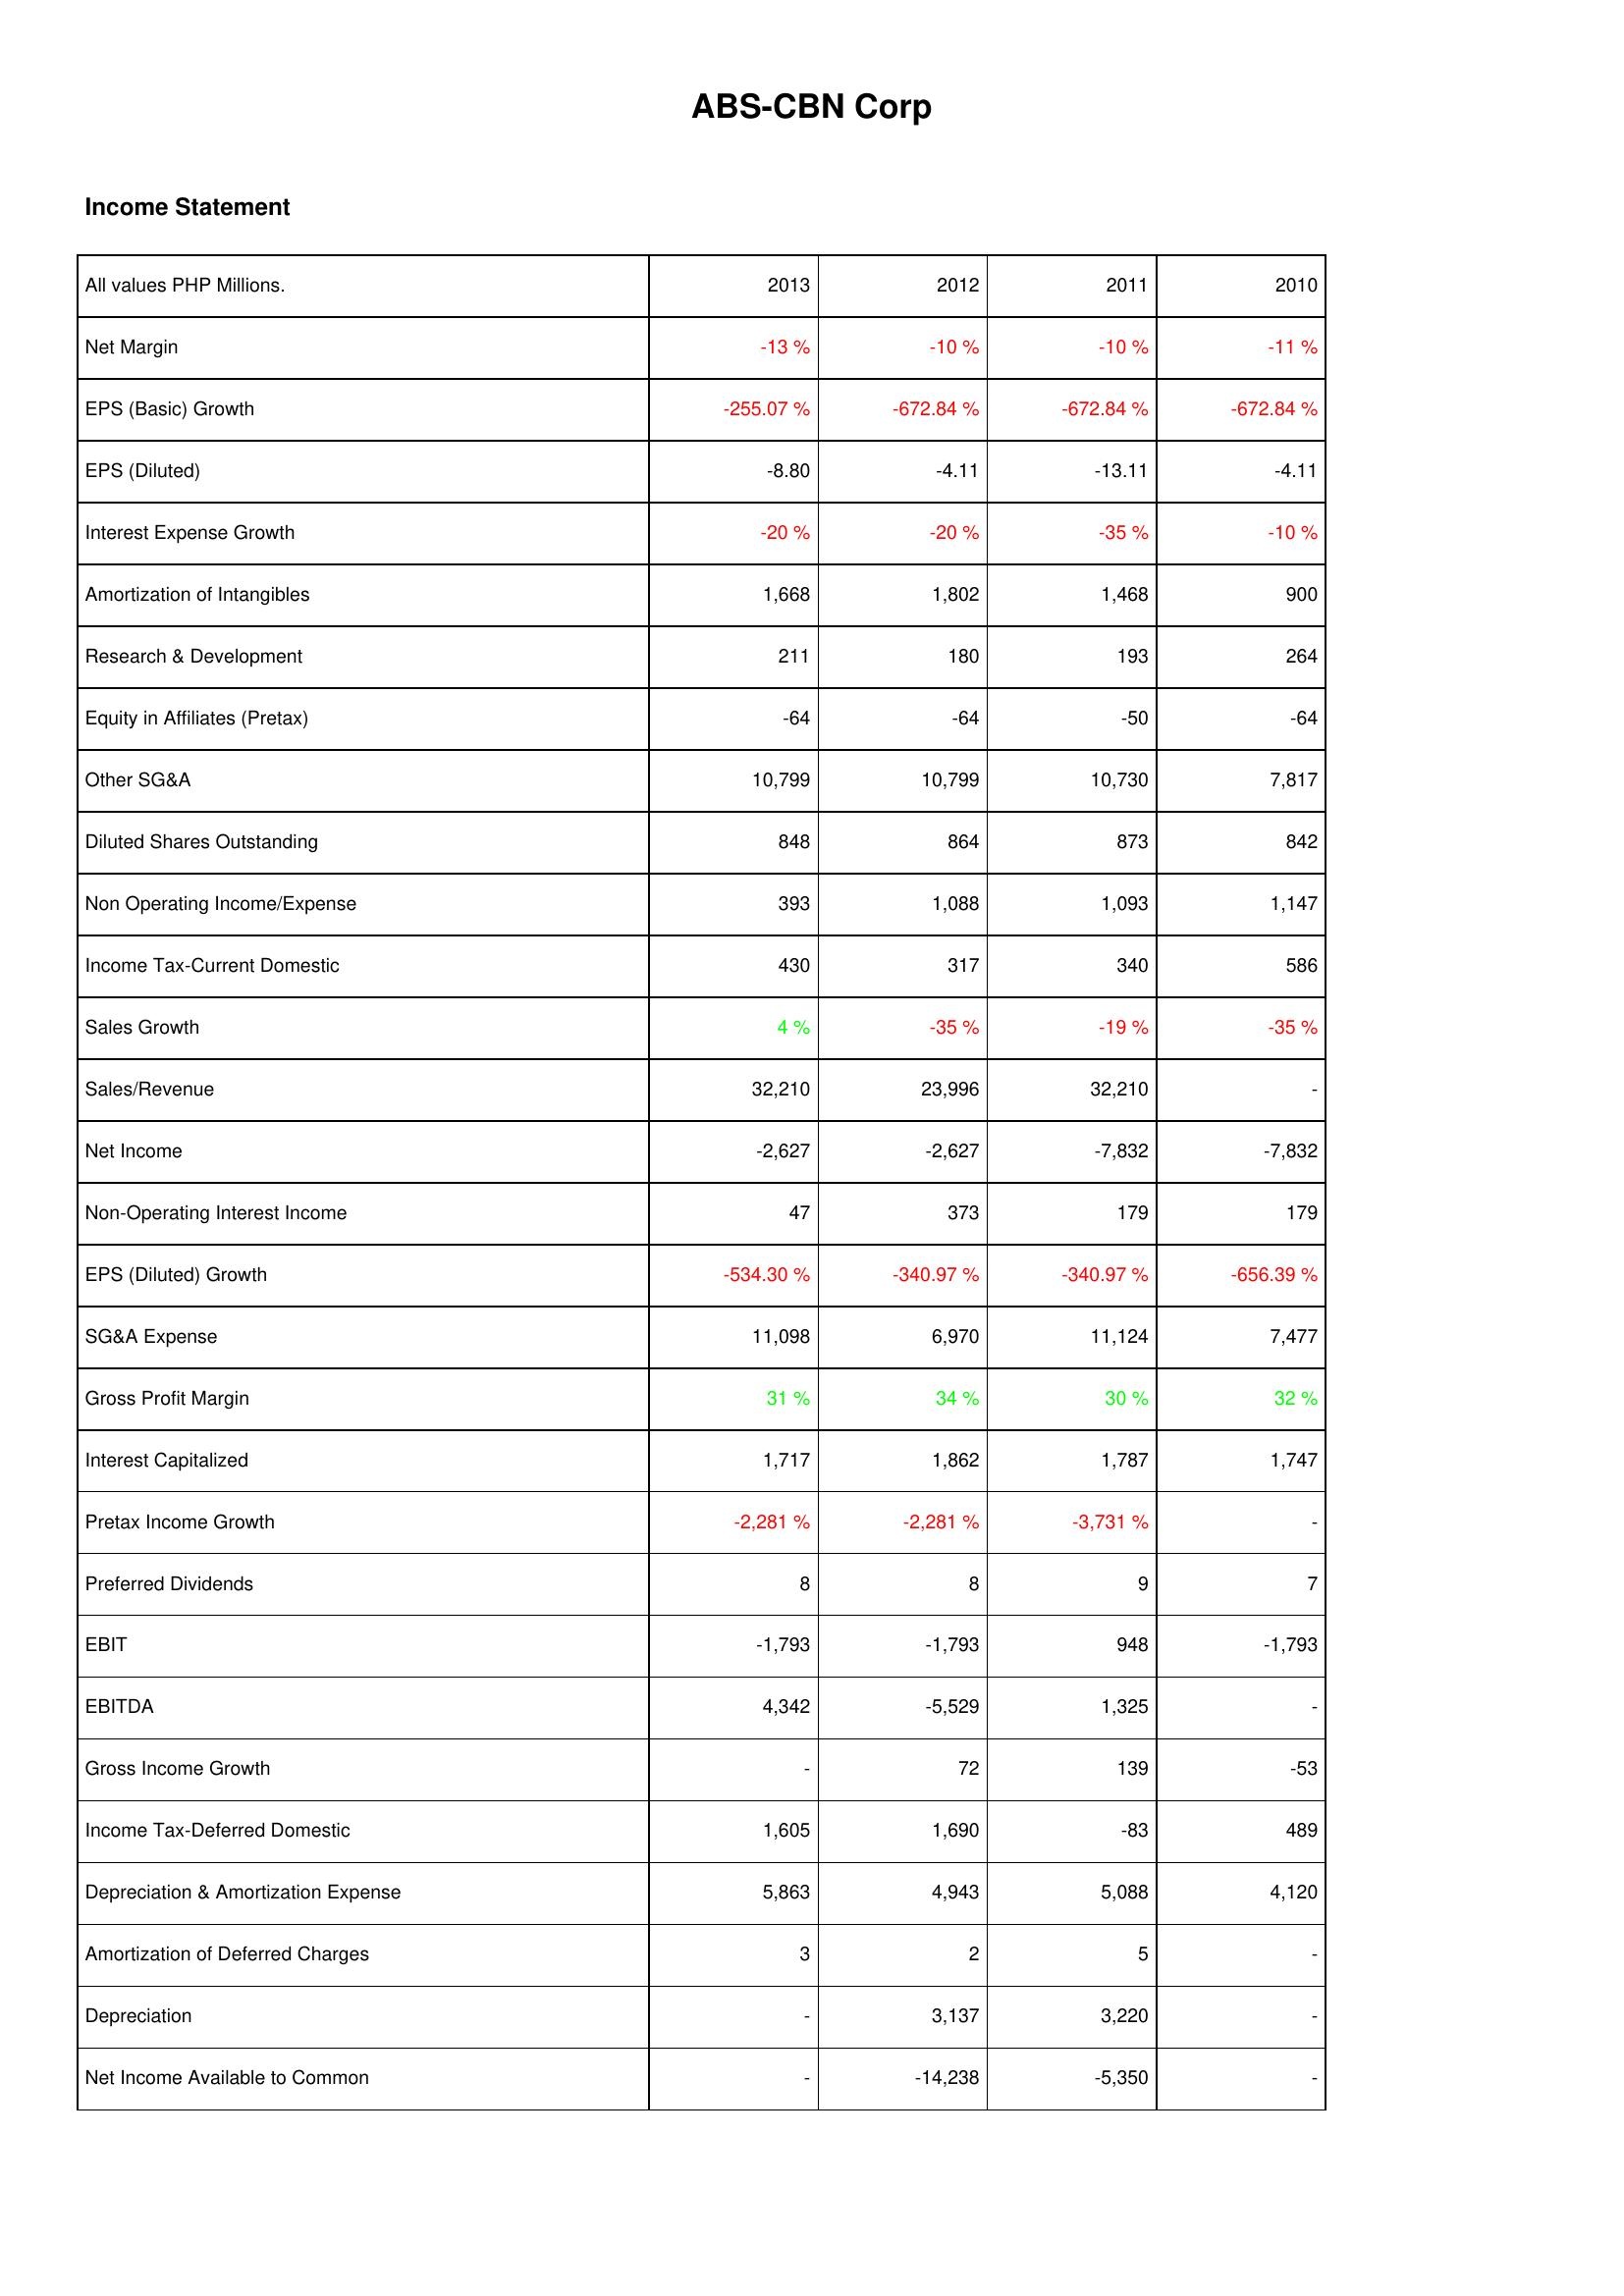
2013: Income Statement: Net Margin: -13 %
EPS (Basic) Growth: -255.07 %
EPS (Diluted): -8.80
Interest Expense Growth: -20 %
Amortization of Intangibles: 1,668
Research & Development: 211
Equity in Affiliates (Pretax): -64
Other SG&A: 10,799
Diluted Shares Outstanding: 848
Non Operating Income/Expense: 393
Income Tax-Current Domestic: 430
Sales Growth: 4 %
Sales/Revenue: 32,210
Net Income: -2,627
Non-Operating Interest Income: 47
EPS (Diluted) Growth: -534.30 %
SG&A Expense: 11,098
Gross Profit Margin: 31 %
Interest Capitalized: 1,717
Pretax Income Growth: -2,281 %
Preferred Dividends: 8
EBIT: -1,793
EBITDA: 4,342
Gross Income Growth: -
Income Tax-Deferred Domestic: 1,605
Depreciation & Amortization Expense: 5,863
Amortization of Deferred Charges: 3
Depreciation: -
Net Income Available to Common: -
2012: Income Statement: Net Margin: -10 %
EPS (Basic) Growth: -672.84 %
EPS (Diluted): -4.11
Interest Expense Growth: -20 %
Amortization of Intangibles: 1,802
Research & Development: 180
Equity in Affiliates (Pretax): -64
Other SG&A: 10,799
Diluted Shares Outstanding: 864
Non Operating Income/Expense: 1,088
Income Tax-Current Domestic: 317
Sales Growth: -35 %
Sales/Revenue: 23,996
Net Income: -2,627
Non-Operating Interest Income: 373
EPS (Diluted) Growth: -340.97 %
SG&A Expense: 6,970
Gross Profit Margin: 34 %
Interest Capitalized: 1,862
Pretax Income Growth: -2,281 %
Preferred Dividends: 8
EBIT: -1,793
EBITDA: -5,529
Gross Income Growth: 72
Income Tax-Deferred Domestic: 1,690
Depreciation & Amortization Expense: 4,943
Amortization of Deferred Charges: 2
Depreciation: 3,137
Net Income Available to Common: -14,238
2011: Income Statement: Net Margin: -10 %
EPS (Basic) Growth: -672.84 %
EPS (Diluted): -13.11
Interest Expense Growth: -35 %
Amortization of Intangibles: 1,468
Research & Development: 193
Equity in Affiliates (Pretax): -50
Other SG&A: 10,730
Diluted Shares Outstanding: 873
Non Operating Income/Expense: 1,093
Income Tax-Current Domestic: 340
Sales Growth: -19 %
Sales/Revenue: 32,210
Net Income: -7,832
Non-Operating Interest Income: 179
EPS (Diluted) Growth: -340.97 %
SG&A Expense: 11,124
Gross Profit Margin: 30 %
Interest Capitalized: 1,787
Pretax Income Growth: -3,731 %
Preferred Dividends: 9
EBIT: 948
EBITDA: 1,325
Gross Income Growth: 139
Income Tax-Deferred Domestic: -83
Depreciation & Amortization Expense: 5,088
Amortization of Deferred Charges: 5
Depreciation: 3,220
Net Income Available to Common: -5,350
2010: Income Statement: Net Margin: -11 %
EPS (Basic) Growth: -672.84 %
EPS (Diluted): -4.11
Interest Expense Growth: -10 %
Amortization of Intangibles: 900
Research & Development: 264
Equity in Affiliates (Pretax): -64
Other SG&A: 7,817
Diluted Shares Outstanding: 842
Non Operating Income/Expense: 1,147
Income Tax-Current Domestic: 586
Sales Growth: -35 %
Sales/Revenue: -
Net Income: -7,832
Non-Operating Interest Income: 179
EPS (Diluted) Growth: -656.39 %
SG&A Expense: 7,477
Gross Profit Margin: 32 %
Interest Capitalized: 1,747
Pretax Income Growth: -
Preferred Dividends: 7
EBIT: -1,793
EBITDA: -
Gross Income Growth: -53
Income Tax-Deferred Domestic: 489
Depreciation & Amortization Expense: 4,120
Amortization of Deferred Charges: -
Depreciation: -
Net Income Available to Common: -